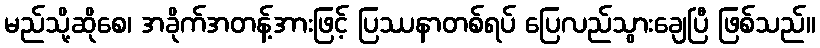
မည်သို့ဆိုစေ၊ အခိုက်အတန့်အားဖြင့် ပြဿနာတစ်ရပ် ပြေလည်သွားချေပြီ ဖြစ်သည်။